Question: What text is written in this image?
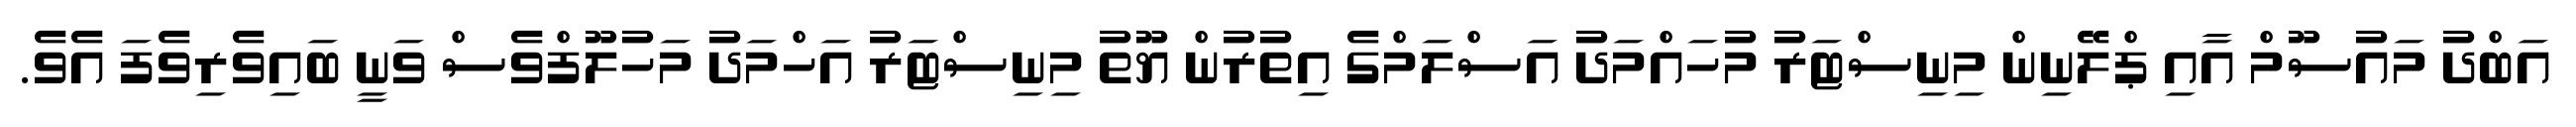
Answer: އަބްދު މައުސޫމް އާއި ޕްލޭނިން މިނިސްޓަރު މުހައްމަދު އަސްލަމްގެ އިތުރުން ޔޫތު މިނިސްޓަރު އަހްމަދު މަހުލޫފްވެސް ވަނީ ބައިވެރިވެފަ އެވެ.